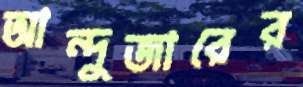
আন্দুজারের